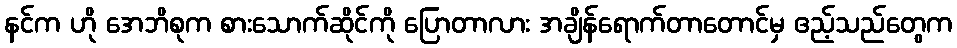
နင်က ဟို အေဘိစုက စားသောက်ဆိုင်ကို ပြောတာလား အချိန်ရောက်တာတောင်မှ ဧည့်သည်တွေက